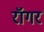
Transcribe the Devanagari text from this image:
रॉगर